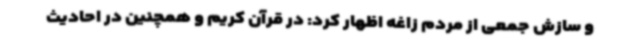
و سازش جمعی از مردم زاغه اظهار کرد: در قرآن کریم و همچنین در احادیث